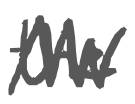
Text: the
Cross-out: zig-zag
Writing tool: digital_gray